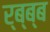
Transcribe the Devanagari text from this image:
र्ब्ब्ब